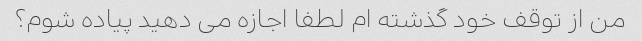
من از توقف خود گذشته ام لطفا اجازه می دهید پیاده شوم؟